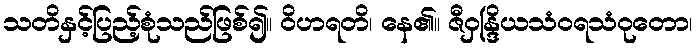
သတိနှင့်ပြည့်စုံသည်ဖြစ်၍။ ဝိဟရတိ၊ နေ၏။ ဇီဝှန္ဒြိယသံဝရသံဝုတော၊